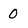
Character: O